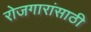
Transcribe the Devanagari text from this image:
रोजगारांसाठी